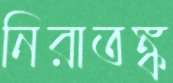
নিরাতঙ্ক